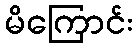
မိကြောင်း